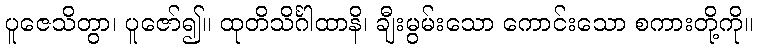
ပူဇေသိတွာ၊ ပူဇော်၍။ ထုတိသိင်္ဂါထာနိ၊ ချီးမွမ်းသော ကောင်းသော စကားတို့ကို။